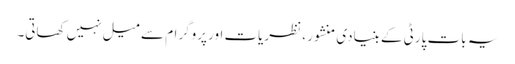
یہ بات پارٹی کے بنیادی منشور ، نظریات اور پروگرام سے میل نہیں کھاتی۔